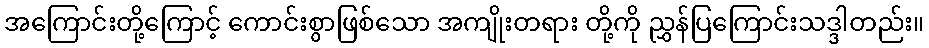
အကြောင်းတို့ကြောင့် ကောင်းစွာဖြစ်သော အကျိုးတရား တို့ကို ညွှန်ပြကြောင်းသဒ္ဒါတည်း။